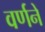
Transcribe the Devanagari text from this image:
वर्णनें